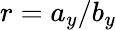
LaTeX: r=a_{y}/b_{y}